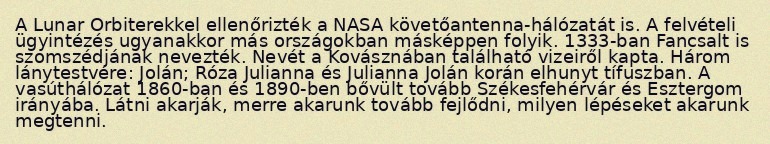
A Lunar Orbiterekkel ellenőrizték a NASA követőantenna-hálózatát is. A felvételi ügyintézés ugyanakkor más országokban másképpen folyik. 1333-ban Fancsalt is szomszédjának nevezték. Nevét a Kovásznában található vizeiről kapta. Három lánytestvére: Jolán; Róza Julianna és Julianna Jolán korán elhunyt tífuszban. A vasúthálózat 1860-ban és 1890-ben bővült tovább Székesfehérvár és Esztergom irányába. Látni akarják, merre akarunk tovább fejlődni, milyen lépéseket akarunk megtenni.